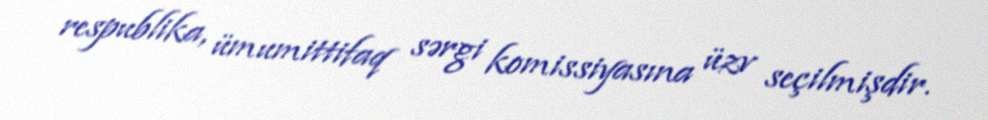
respublika, ümumittifaq sərgi komissiyasına üzv seçilmişdir.